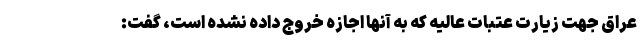
عراق جهت زیارت عتبات عالیه که به آنها اجازه خروج داده نشده است، گفت: